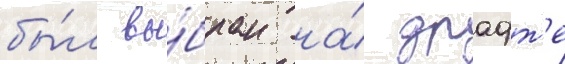
бы́л вы́бран на́ драфт'е